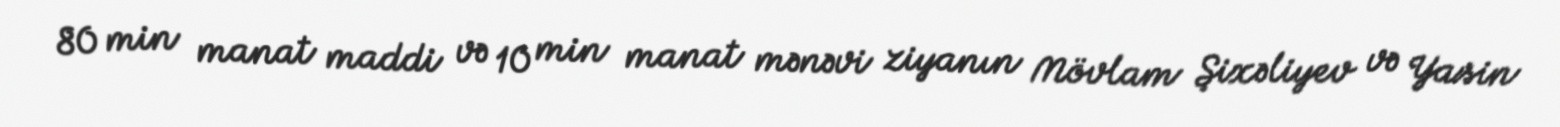
80 min manat maddi və 10 min manat mənəvi ziyanın Mövlam Şixəliyev və Yasin